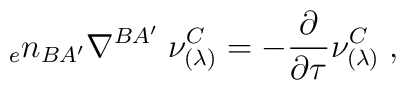
{_{e}n_{BA'}}\nabla^{BA'} \; \nu_{(\lambda)}^{C}=-{\partial \over \partial \tau} \nu_{(\lambda)}^{C} \; ,